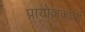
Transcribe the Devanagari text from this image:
प्रायोजकांची